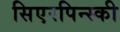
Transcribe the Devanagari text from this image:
सिएरपिन्स्की